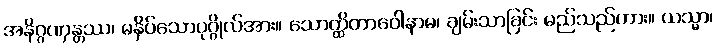
အနိဂ္ဂဏှန္တဿ၊ မနှိပ်သောပုဂ္ဂိုလ်အား။ သောတ္ထိတာဝေါနာမ၊ ချမ်းသာခြင်း မည်သည်ကား။ ယသ္မာ၊